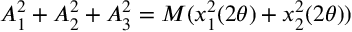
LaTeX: A _ { 1 } ^ { 2 } + A _ { 2 } ^ { 2 } + A _ { 3 } ^ { 2 } = M ( x _ { 1 } ^ { 2 } ( 2 { \theta } ) + x _ { 2 } ^ { 2 } ( 2 { \theta } ) )